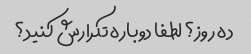
ده روز؟ لطفا دوباره تکرارش کنید؟